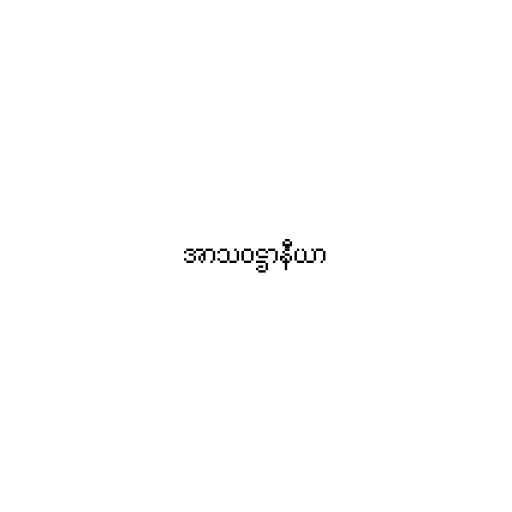
အာသဝဋ္ဌာနီယာ